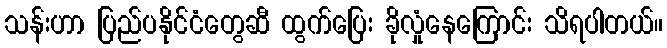
သန်းဟာ ပြည်ပနိုင်ငံတွေဆီ ထွက်ပြေး ခိုလှုံနေကြောင်း သိရပါတယ်။